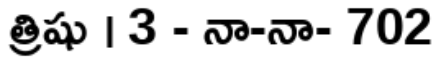
త్రిషు । 3 - నా-నా- 702